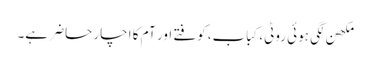
مکھن لگی ہوئی روٹی، کباب، کوفتے اور آم کا اچار حاضر ہے۔